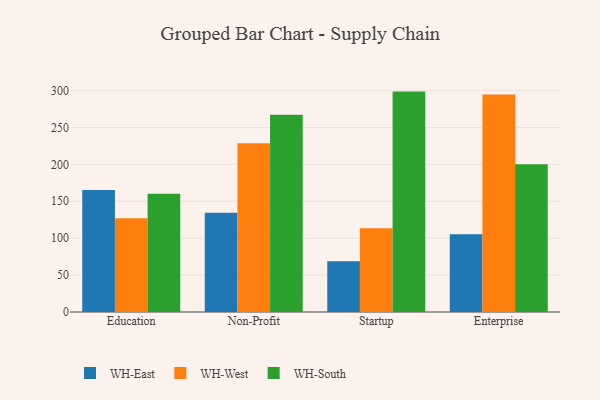
{"axis": {"x": "Segment", "y": "Gross Profit (USD K)"}, "legend": ["WH-East", "WH-South", "WH-West"], "data": [{"x": "Education", "y": 165.2, "type": "WH-East"}, {"x": "Education", "y": 127.0, "type": "WH-West"}, {"x": "Education", "y": 160.2, "type": "WH-South"}, {"x": "Non-Profit", "y": 134.5, "type": "WH-East"}, {"x": "Non-Profit", "y": 228.7, "type": "WH-West"}, {"x": "Non-Profit", "y": 267.3, "type": "WH-South"}, {"x": "Startup", "y": 68.9, "type": "WH-East"}, {"x": "Startup", "y": 113.5, "type": "WH-West"}, {"x": "Startup", "y": 298.6, "type": "WH-South"}, {"x": "Enterprise", "y": 105.4, "type": "WH-East"}, {"x": "Enterprise", "y": 294.7, "type": "WH-West"}, {"x": "Enterprise", "y": 200.3, "type": "WH-South"}]}